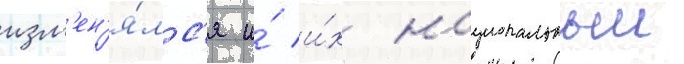
изм'ен'я́лс'я и́ и́х национальныи